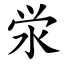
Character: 泶